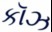
કૉઝ